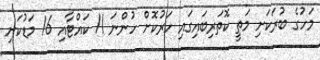
މަހުގެ ބުރަކަށި މަތީ ކޮތަރިބައިގައި ހަރުކޮށް ހުންނަ 11 ކައްޓާއި 16 މަޑުކަށި